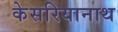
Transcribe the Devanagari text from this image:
केसरियानाथ